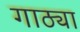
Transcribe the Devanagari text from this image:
गाठ्या